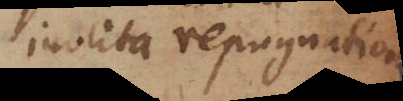
inolita repugnatione